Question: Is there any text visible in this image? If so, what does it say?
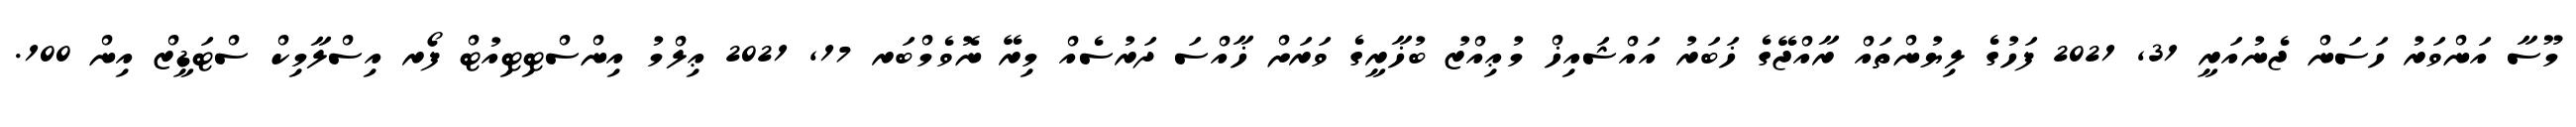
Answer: މޫސާ އަންވަރު ހަސަން ޖެނުއަރީ 31, 2021 ފަހުގެ ލިޔުންތައް ރާއްޖޭގެ ޚަބަރު އައްޝައިޚް މުޢިއްޒު ބުޚާރީގެ ވަރަށް ޚާއްސަ ދަރުސެއް މިރޭ ނޮވެމްބަރ 17, 2021 ޢިލްމު އިންސްޓިޓިއުޓް ފޯރ އިސްލާމިކް ސްޓަޑީޒް އިން 100.